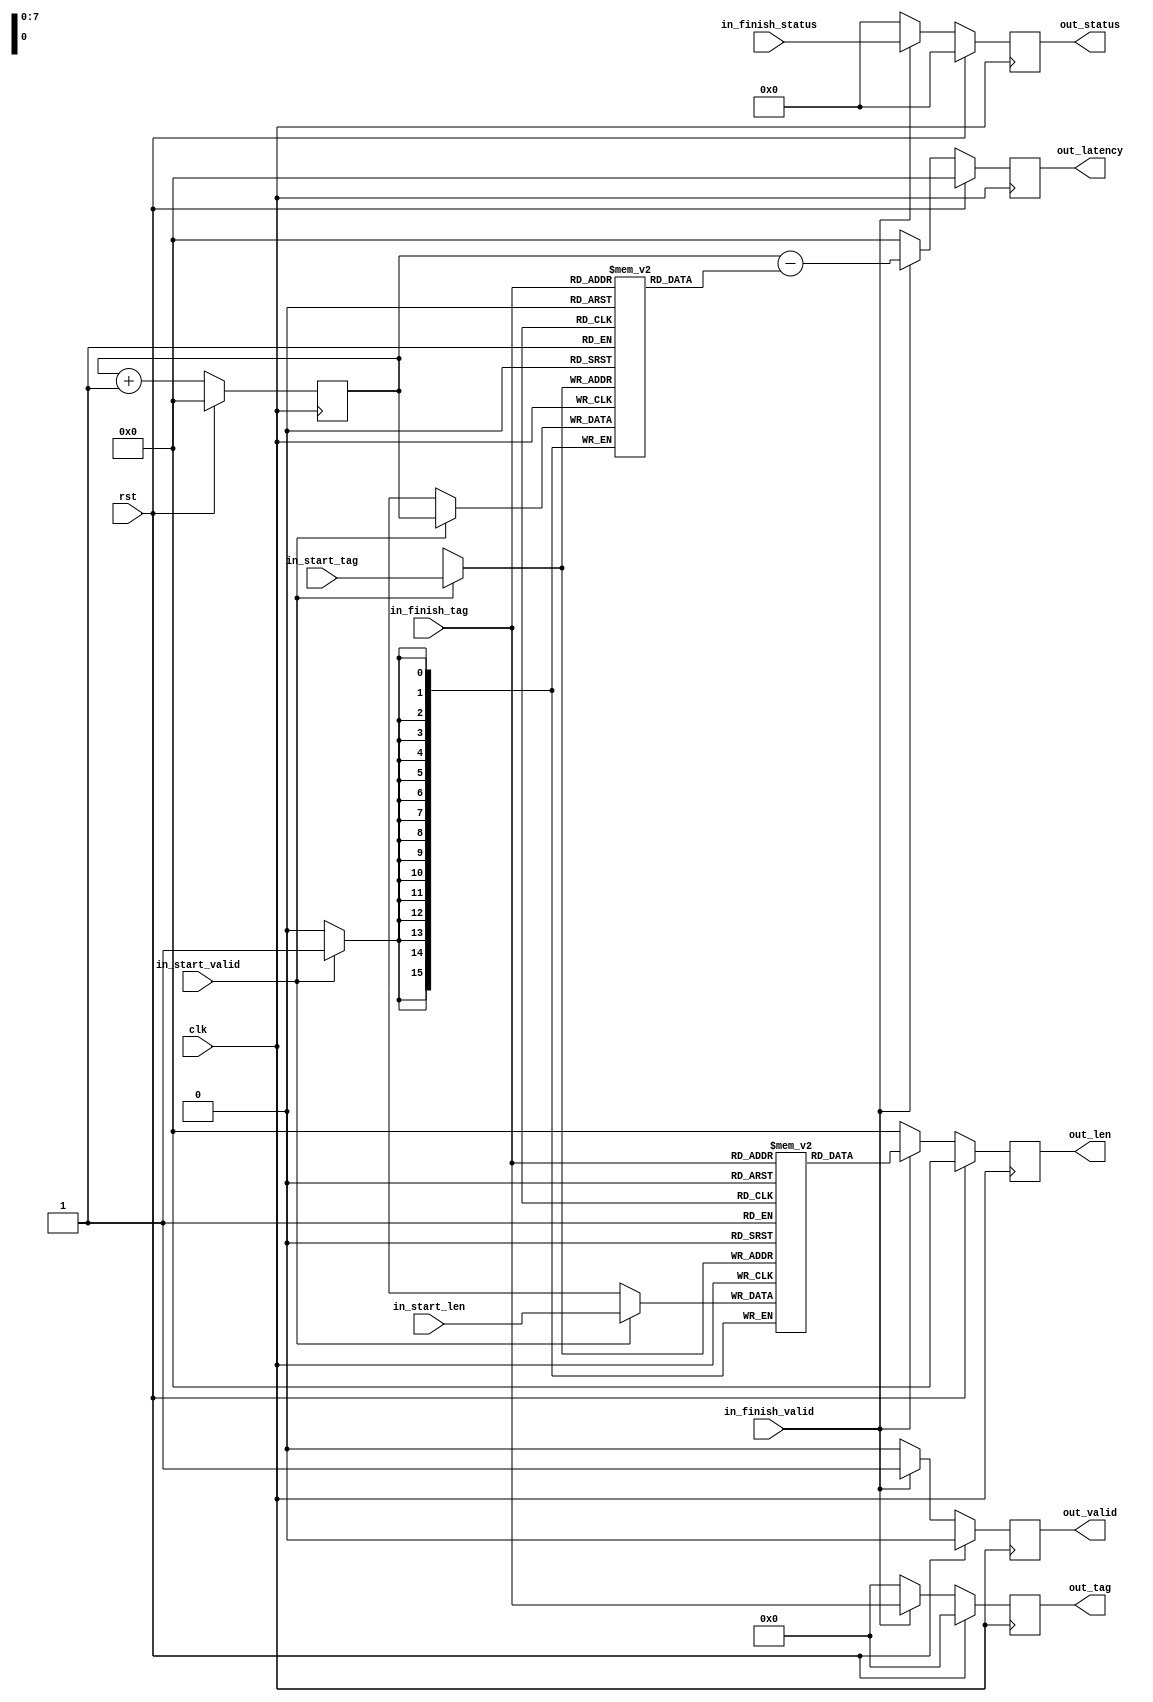
/*

Copyright (c) 2021 Alex Forencich

Permission is hereby granted, free of charge, to any person obtaining a copy
of this software and associated documentation files (the "Software"), to deal
in the Software without restriction, including without limitation the rights
to use, copy, modify, merge, publish, distribute, sublicense, and/or sell
copies of the Software, and to permit persons to whom the Software is
furnished to do so, subject to the following conditions:

The above copyright notice and this permission notice shall be included in
all copies or substantial portions of the Software.

THE SOFTWARE IS PROVIDED "AS IS", WITHOUT WARRANTY OF ANY KIND, EXPRESS OR
IMPLIED, INCLUDING BUT NOT LIMITED TO THE WARRANTIES OF MERCHANTABILITY
FITNESS FOR A PARTICULAR PURPOSE AND NONINFRINGEMENT. IN NO EVENT SHALL THE
AUTHORS OR COPYRIGHT HOLDERS BE LIABLE FOR ANY CLAIM, DAMAGES OR OTHER
LIABILITY, WHETHER IN AN ACTION OF CONTRACT, TORT OR OTHERWISE, ARISING FROM,
OUT OF OR IN CONNECTION WITH THE SOFTWARE OR THE USE OR OTHER DEALINGS IN
THE SOFTWARE.

*/

// Language: Verilog 2001

`resetall
`timescale 1ns / 1ps
`default_nettype none

/*
 * Statistics collector
 */
module stats_dma_latency #
(
    // Counter width (bits)
    parameter COUNT_WIDTH = 16,
    // Tag width (bits)
    parameter TAG_WIDTH = 8,
    // Length field width (bits)
    parameter LEN_WIDTH = 16,
    // Status field width (bits)
    parameter STATUS_WIDTH = 4
)
(
    input  wire                     clk,
    input  wire                     rst,

    /*
     * Tag inputs
     */
    input  wire [TAG_WIDTH-1:0]     in_start_tag,
    input  wire [LEN_WIDTH-1:0]     in_start_len,
    input  wire                     in_start_valid,
    input  wire [TAG_WIDTH-1:0]     in_finish_tag,
    input  wire [STATUS_WIDTH-1:0]  in_finish_status,
    input  wire                     in_finish_valid,

    /*
     * Statistics increment output
     */
    output wire [TAG_WIDTH-1:0]     out_tag,
    output wire [LEN_WIDTH-1:0]     out_len,
    output wire [STATUS_WIDTH-1:0]  out_status,
    output wire [COUNT_WIDTH-1:0]   out_latency,
    output wire                     out_valid
);

reg [COUNT_WIDTH-1:0] count_reg = 0;

reg [TAG_WIDTH-1:0] out_tag_reg = 0;
reg [LEN_WIDTH-1:0] out_len_reg = 0;
reg [STATUS_WIDTH-1:0] out_status_reg = 0;
reg [COUNT_WIDTH-1:0] out_latency_reg = 0;
reg out_valid_reg = 1'b0;

assign out_tag = out_tag_reg;
assign out_len = out_len_reg;
assign out_status = out_status_reg;
assign out_latency = out_latency_reg;
assign out_valid = out_valid_reg;

(* ram_style = "distributed", ramstyle = "no_rw_check, mlab" *)
reg [LEN_WIDTH-1:0] len_mem_reg[2**TAG_WIDTH-1:0];
(* ram_style = "distributed", ramstyle = "no_rw_check, mlab" *)
reg [COUNT_WIDTH-1:0] count_mem_reg[2**TAG_WIDTH-1:0];

integer i;

initial begin
    for (i = 0; i < 2**TAG_WIDTH; i = i + 1) begin
        len_mem_reg[i] = 0;
        count_mem_reg[i] = 0;
    end
end

always @(posedge clk) begin
    count_reg <= count_reg + 1;

    out_tag_reg <= 0;
    out_len_reg <= 0;
    out_status_reg <= 0;
    out_latency_reg <= 0;
    out_valid_reg <= 0;

    if (in_start_valid) begin
        len_mem_reg[in_start_tag] <= in_start_len;
        count_mem_reg[in_start_tag] <= count_reg;
    end

    if (in_finish_valid) begin
        out_tag_reg <= in_finish_tag;
        out_len_reg <= len_mem_reg[in_finish_tag];
        out_status_reg <= in_finish_status;
        out_latency_reg <= count_reg - count_mem_reg[in_finish_tag];
        out_valid_reg <= 1'b1;
    end

    if (rst) begin
        count_reg <= 0;

        out_tag_reg <= 0;
        out_len_reg <= 0;
        out_status_reg <= 0;
        out_latency_reg <= 0;
        out_valid_reg <= 0;
    end
end

endmodule

`resetall